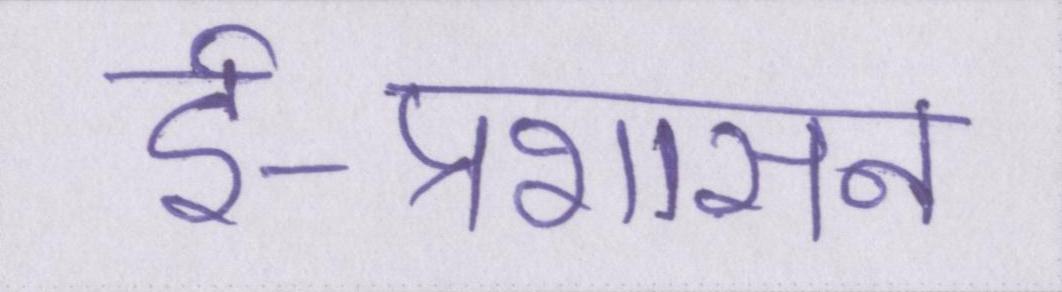
ई-प्रशासन